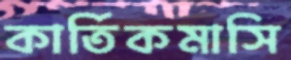
কার্তিকমাসি